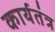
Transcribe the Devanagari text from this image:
कार्यतंत्र